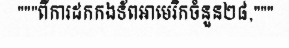
"""ពីការដកកងទ័ពអាមេរិកចំនួន២៨,"""